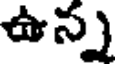
ఉన్న